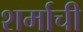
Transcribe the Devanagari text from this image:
शर्माची